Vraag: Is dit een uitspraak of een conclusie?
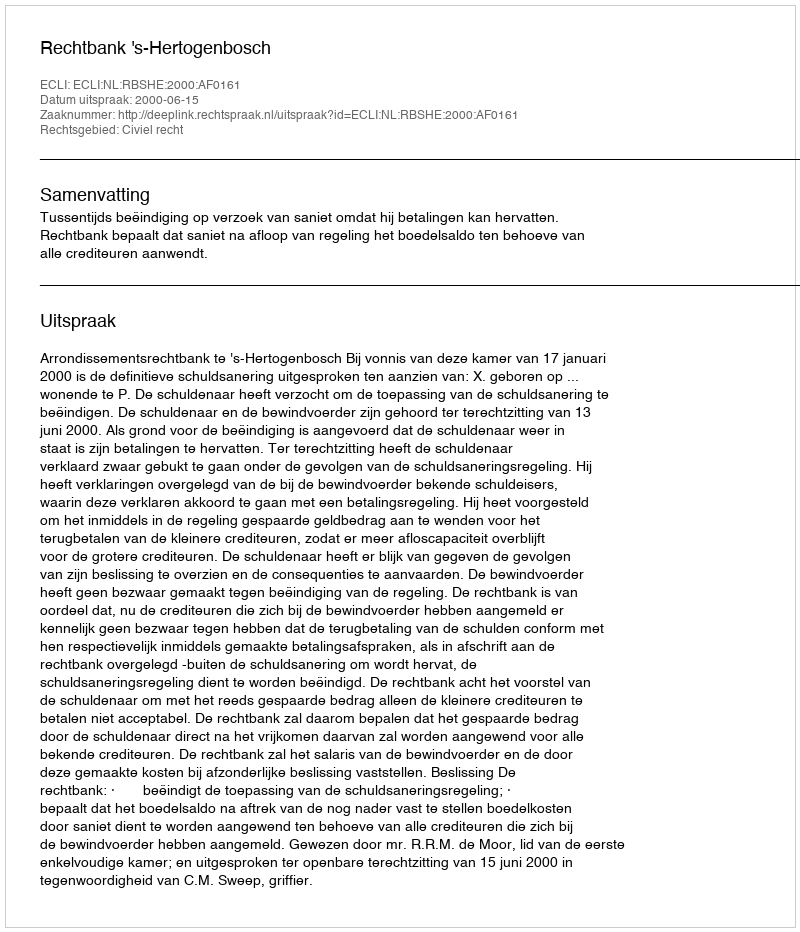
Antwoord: Uitspraak